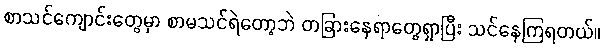
စာသင်ကျောင်းတွေမှာ စာမသင်ရဲတော့ဘဲ တခြားနေရာတွေရှာပြီး သင်နေကြရတယ်။